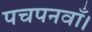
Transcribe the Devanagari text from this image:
पचपनवाँ।